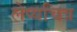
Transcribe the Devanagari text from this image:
लेप्यचित्र